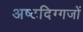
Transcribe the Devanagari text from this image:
अष्टदिग्गजों